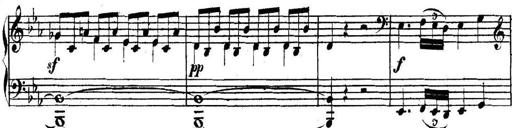
Title: Collected Piano Sonatas
Composer: Muzio Clementi